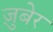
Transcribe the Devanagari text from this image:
ज़ुबेर